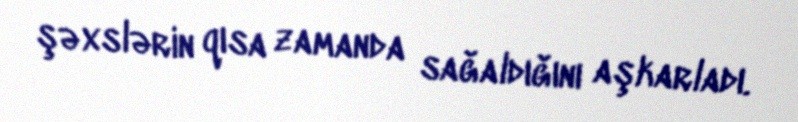
şəxslərin qısa zamanda sağaldığını aşkarladı.